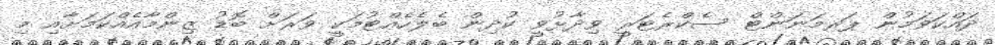
ދައްކަވަމުން ޕަރމަނަންޓް ސެކްރެޓަރީ ވިދާޅުވީ ކުދިން ބެލެހެއްޓުމަކީ ވަރަށް ބޮޑު ޒިންމާއެއްކަމަށާއި މި